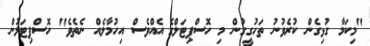
"މިކަމާ ގުޅިގެން ކުރެވުނު ތަހުގީގުން މި ހޮސްޕިޓަލްގެ އެއްވެސް އިހުމާލެއް ނެތެވެ" ހޮސްޕިޓަލުން